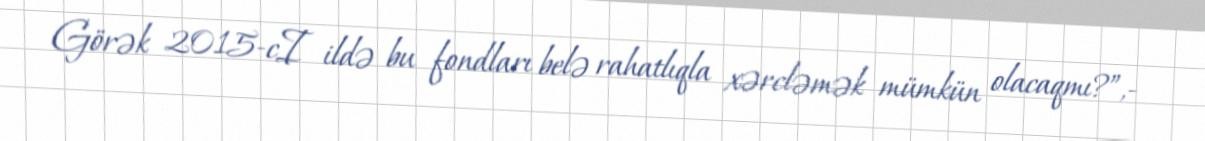
Görək 2015-cI ildə bu fondları belə rahatlıqla xərcləmək mümkün olacaqmı?”,-